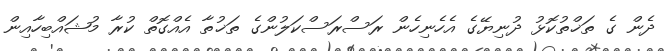
ދެން ގެ ތަޚްތުކޮޅު ދުނިޔޭގެ އެހެނިހެން ރަސްރަސްކަލުންގެ ތަޚުތާ އެއްގޮތް ކުރާ މުޝައްބިހާއިން